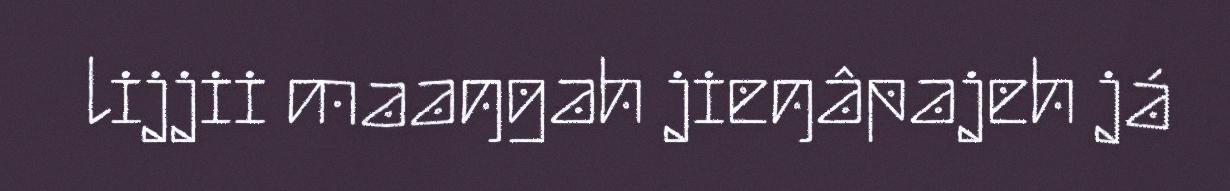
lijjii maaŋgah jieŋâpajeh já